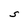
Character: S